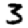
Digit: 3